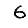
Digit: 6